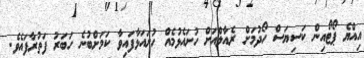
އިއްޔެ ޕޯޓޯއިން ކަސިޔަސް ހޯދުމަށް ރެއާލްއަށް ހުށައެޅުމެއް ހުށައަޅާފައިވާ ކަމަށްބުނެ ހަބަރު ފަތުރާފައެވެ.